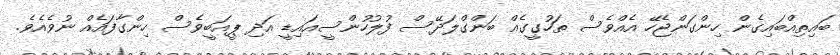
ބައިތިއްބައިގެން ހިންގަންޖެހޭ އެއްވެސް ތަހުގީގެއް ބަންގްލަދޭސް ފުލުހުންސީއައިޑީ އަދި ޕީއަބީވެސް ހިންގާފައެއް ނުވެއެވެ.